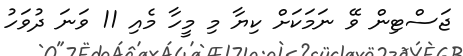
ޖަސްޓިން ވޭ ނަމަކަށް ކިޔާ މި މީހާ މެއި 11 ވަނަ ދުވަހު